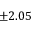
\pm 2 . 0 5